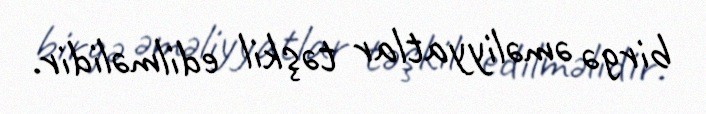
birgə əməliyyatlar təşkil edilməlidir.